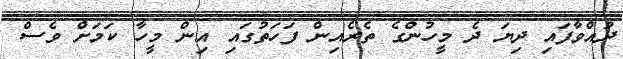
ދުއްވާފައި ދިޔަ ދެ މީހުންގެ ތެރެއިން ފަހަތުގައި އިން މީހާ ކަމަށް ވެސް